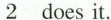
\underline{2}does it.